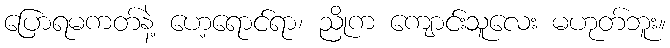
ပြောရမကတ်နဲ့ ဟေ့ရောင်ရာ၊ ညိုက ကျောင်းသူလေး မဟုတ်ဘူး။